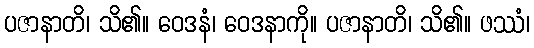
ပဇာနာတိ၊ သိ၏။ ဝေဒနံ၊ ဝေဒနာကို။ ပဇာနာတိ၊ သိ၏။ ဖဿံ၊